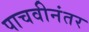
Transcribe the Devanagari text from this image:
पाचवीनंतर